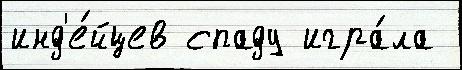
инд'е́йцев спаду игра́ла